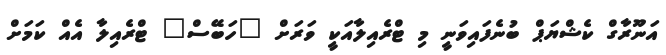
އަނޫރާގް ކެޝްޔަޕް ބުނެފައިވަނީ މި ޓްރެއިލާއަކީ ވަރަށް "ހަބޭސް" ޓްރެއިލާ އެއް ކަމަށް